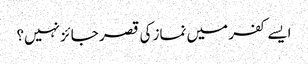
ایسے کفر میں نماز کی قصر جائز نہیں؟